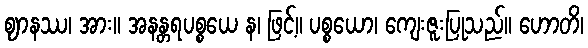
ဈာနဿ၊ အား။ အနန္တရပစ္စယေ န၊ ဖြင့်။ ပစ္စယော၊ ကျေးဇူးပြုသည်။ ဟောတိ၊